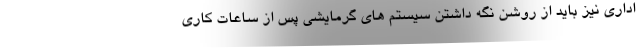
اداری نیز باید از روشن نگه داشتن سیستم های گرمایشی پس از ساعات کاری